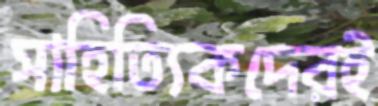
সাহিত্যিকদেরই